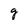
Character: g